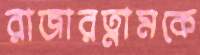
রাজারত্নামকে